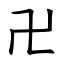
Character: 卍